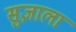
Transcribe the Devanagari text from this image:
सुज़ाला